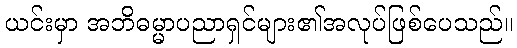
ယင်းမှာ အဘိဓမ္မာပညာရှင်များ၏အလုပ်ဖြစ်ပေသည်။